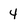
Character: 4